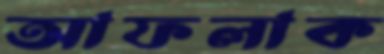
আফলাক